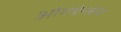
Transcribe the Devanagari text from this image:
ओगबेन्जेस